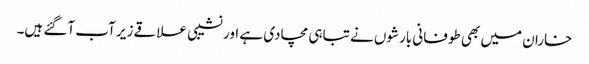
خاران میں بھی طوفانی بارشوں نے تباہی مچادی ہے اور نشیبی علاقے زیر آب آگئے ہیں۔